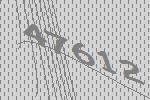
47612